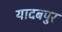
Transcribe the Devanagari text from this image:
यादबपुर